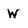
Character: W